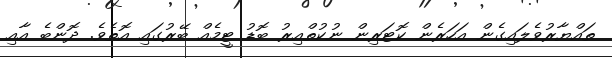
ތައްޔާރުވެލައިގެން އަހަރެން ކޮޓަރިން ނުކުތްއިރު ބޮޑު ޓީމެއް ބޭރުގައި އޮތެވެ. ދޮންބެ އާއި